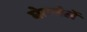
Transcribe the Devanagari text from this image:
घेतलेलें